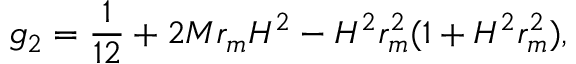
g _ { 2 } = \frac { 1 } { 1 2 } + 2 M r _ { m } H ^ { 2 } - H ^ { 2 } r _ { m } ^ { 2 } ( 1 + H ^ { 2 } r _ { m } ^ { 2 } ) ,